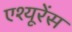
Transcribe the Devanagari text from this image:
एश्यूरेंस